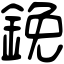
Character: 鋔